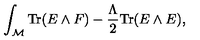
\int _ { \cal M } \mathrm { T r } ( E \wedge F ) - { \frac { \Lambda } { 2 } } \mathrm { T r } ( E \wedge E ) ,